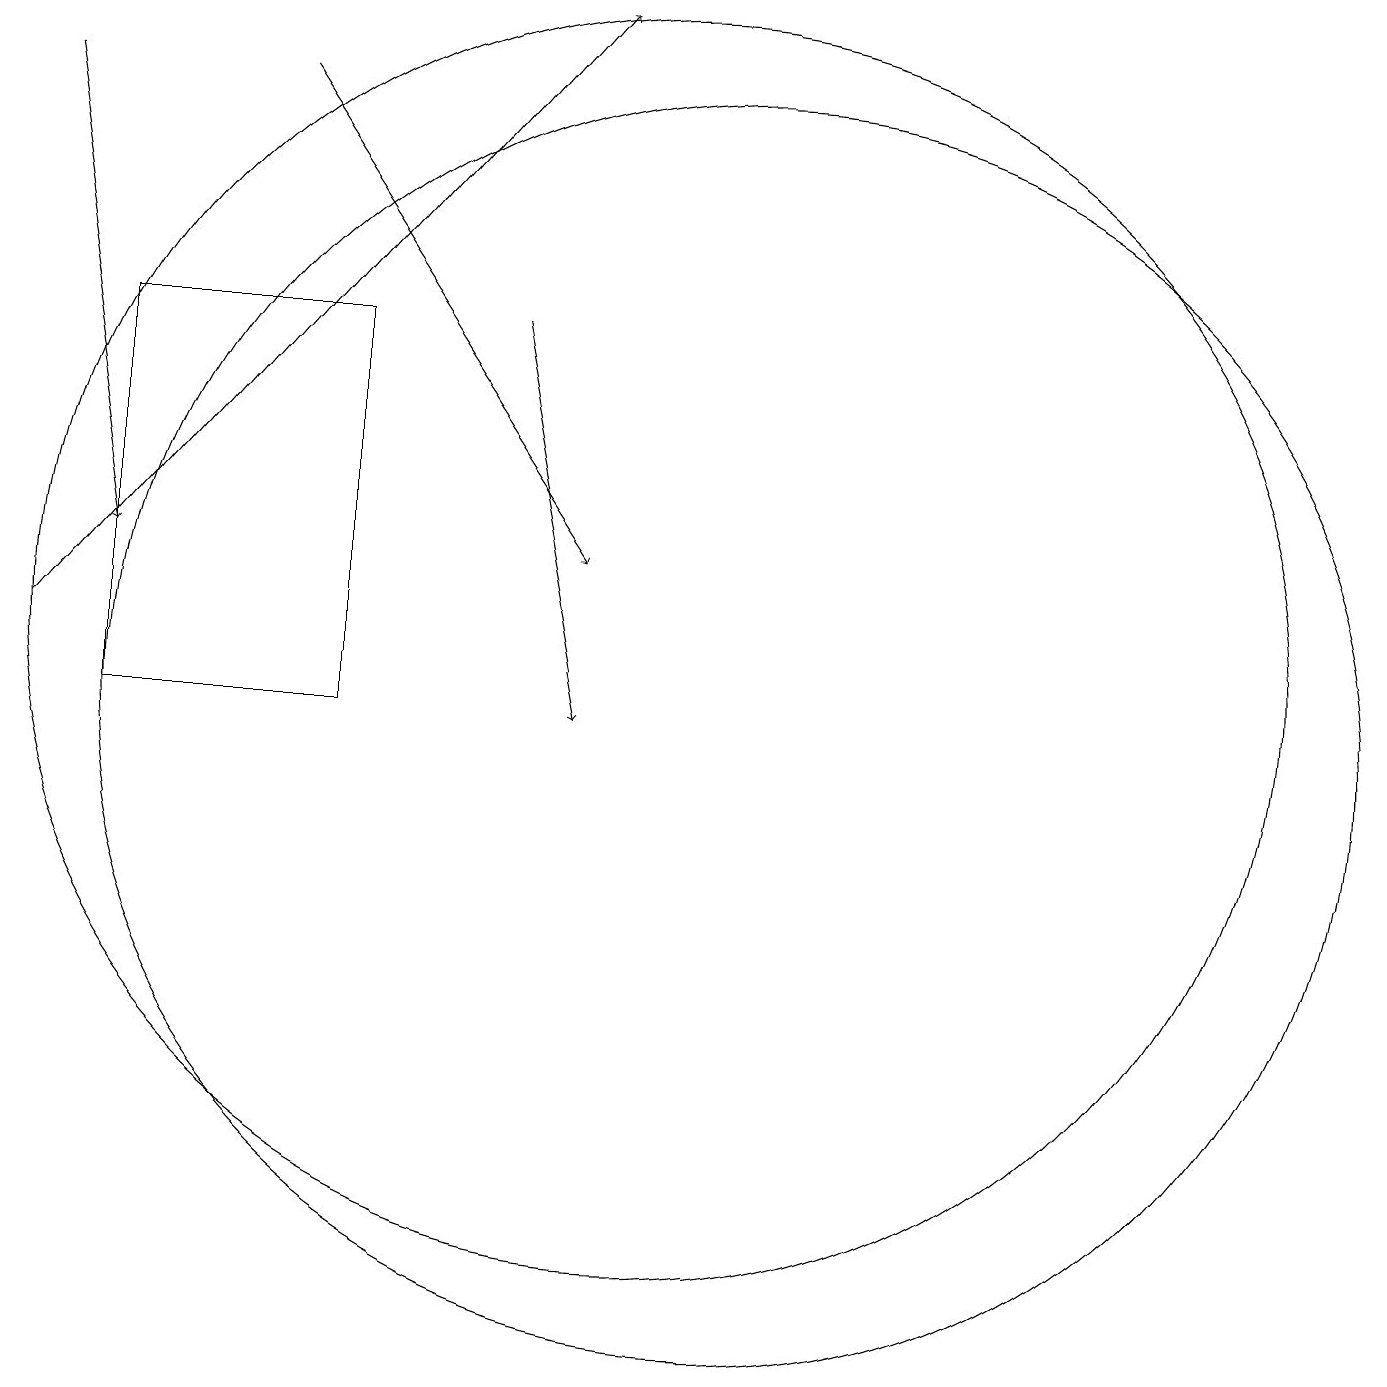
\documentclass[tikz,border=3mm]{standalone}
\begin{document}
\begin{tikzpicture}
\draw[->] (5,18) -- (9,12);
\draw (10,11) circle (8);
\draw[->] (2,18) -- (3,12);
\draw[->] (2,11) -- (9,19);
\draw (3,15) rectangle (6,10);
\draw (11,10) circle (8);
\draw[->] (8,15) -- (9,10);
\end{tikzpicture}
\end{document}